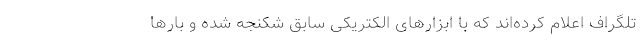
تلگراف اعلام کرده‌اند که با ابزارهای الکتریکی سابق شکنجه شده و بارها